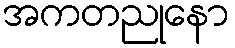
အကတညုနော